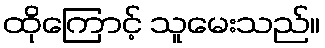
ထိုကြောင့် သူမေးသည်။